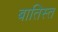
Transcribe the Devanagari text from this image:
बातिस्त